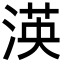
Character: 渶